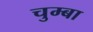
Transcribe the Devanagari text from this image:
चुम्बा